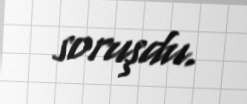
soruşdu.